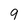
Character: 9